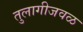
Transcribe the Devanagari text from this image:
तुलागीजवळ